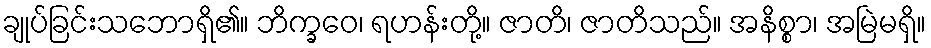
ချုပ်ခြင်းသဘောရှိ၏။ ဘိက္ခဝေ၊ ရဟန်းတို့။ ဇာတိ၊ ဇာတိသည်။ အနိစ္စာ၊ အမြဲမရှိ။